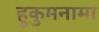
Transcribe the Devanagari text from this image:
हुकुमनामा